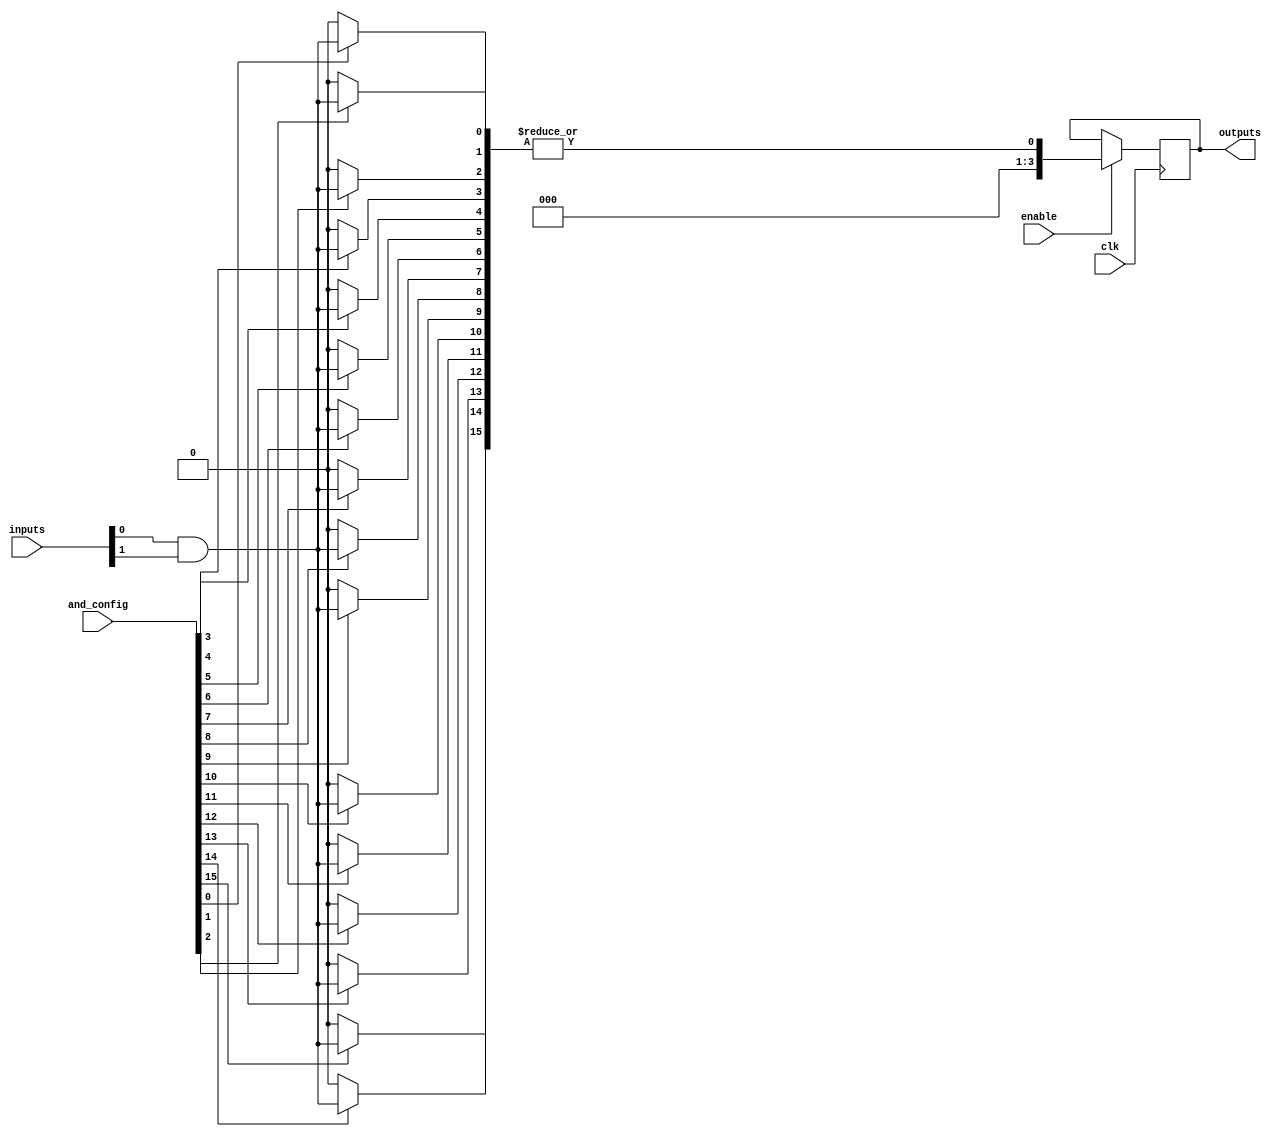
module RPAL #(
    parameter NUM_INPUTS = 8,         // Number of input signals
    parameter NUM_AND_TERMS = 16,     // Number of product terms in AND array
    parameter OUTPUT_WIDTH = 4         // Width of output signals
)(
    input  wire [NUM_INPUTS-1:0] inputs,       // Input signals
    input  wire [NUM_AND_TERMS-1:0] and_config, // Configuration for AND array
    input  wire clk,                            // Clock signal
    input  wire enable,                         // Enable signal for registers
    output reg [OUTPUT_WIDTH-1:0] outputs      // Output signals
);

    // Internal signals for the AND array
    wire [NUM_AND_TERMS-1:0] and_outputs;

    // Programmable AND array
    genvar i;
    generate
        for (i = 0; i < NUM_AND_TERMS; i = i + 1) begin : and_array
            assign and_outputs[i] = and_config[i] ? (inputs[0] & inputs[1]) : 1'b0; // Example: AND between inputs[0] and inputs[1]
            // You can modify the above line to implement more complex configurations
        end
    endgenerate

    // Fixed OR array (combines all product terms)
    wire or_output;
    assign or_output = |and_outputs; // OR of all product terms

    // Registers to store the output
    always @(posedge clk) begin
        if (enable) begin
            outputs <= or_output; // Store the OR output in registers
        end
    end

endmodule